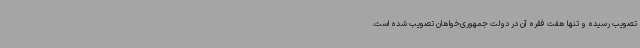
تصویب رسیده و تنها هفت فقره آن در دولت جمهوری‌خواهان تصویب شده است.